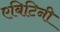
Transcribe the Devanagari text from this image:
एबिटिनी